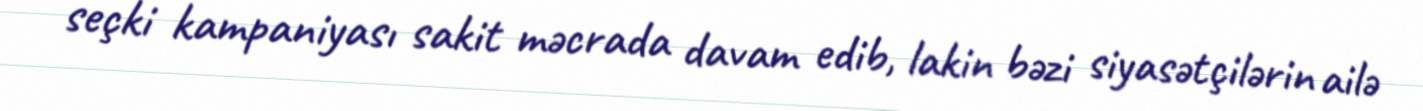
seçki kampaniyası sakit məcrada davam edib, lakin bəzi siyasətçilərin ailə